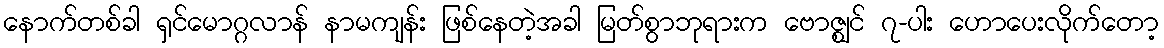
နောက်တစ်ခါ ရှင်မောဂ္ဂလာန် နာမကျန်း ဖြစ်နေတဲ့အခါ မြတ်စွာဘုရားက ဗောဇ္ဈင် ၇-ပါး ဟောပေးလိုက်တော့